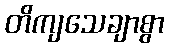
တိကျသေချာစွာ